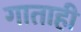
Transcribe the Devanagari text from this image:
गाताही